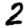
Digit: 2